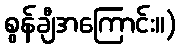
စွန်ချီအကြောင်း။)